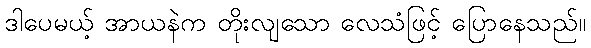
ဒါပေမယ့် အာယနဲက တိုးလျသော လေသံဖြင့် ပြောနေသည်။